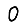
Digit: 0